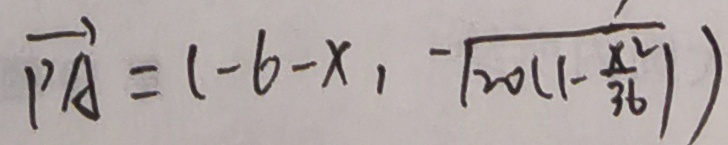
\overrightarrow { P A } = ( - 6 - x _ { 1 } - \sqrt { 2 0 ( 1 - \frac { x ^ { 2 } } { 3 6 } ) }